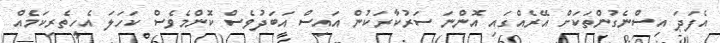
އެފަދަ އިސްނެގުންތަކަށް އޭރެއްގައި އޮންނަ ސަރުކާރަކުން އައިސް އަބަދުވެސް ކޮންމެވެސް ކަހަލަ އެހީތެރިކަމެއް